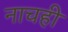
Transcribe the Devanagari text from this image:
नाचही